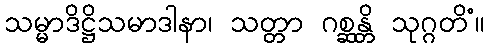
သမ္မာဒိဋ္ဌိသမာဒါနာ၊ သတ္တာ ဂစ္ဆန္တိ သုဂ္ဂတိံ။